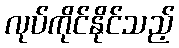
လုပ်ကိုင်နိုင်သည့်